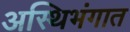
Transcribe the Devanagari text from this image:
अस्थिभंगात